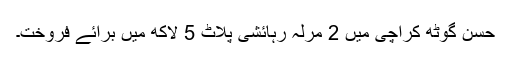
حسن گوٹھ کراچی میں 2 مرلہ رہائشی پلاٹ 5 لاکھ میں برائے فروخت۔